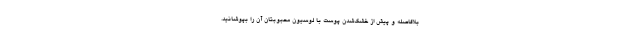
بلافاصله و پیش از خشک‌شدن پوست با لوسیون محبوبتان آن را بپوشانید.